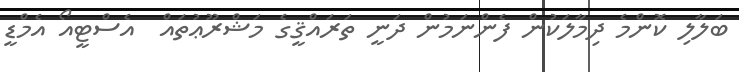
ބަލާލި ކޮންމެ ދިމާލަކުން ފެންނަމުން ދަނީ ތަރައްޤީގެ މަޝްރޫޢުތައް  އެސްޓީއޯ އެމްޑީ